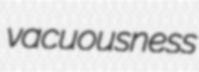
vacuousness